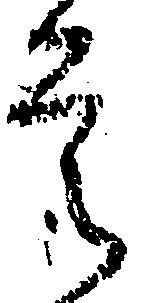
是